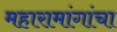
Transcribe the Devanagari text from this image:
महारामांगांचा